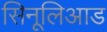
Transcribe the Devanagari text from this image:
सिनूलिआड